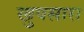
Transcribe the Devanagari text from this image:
खुपसारा